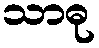
သာဓု